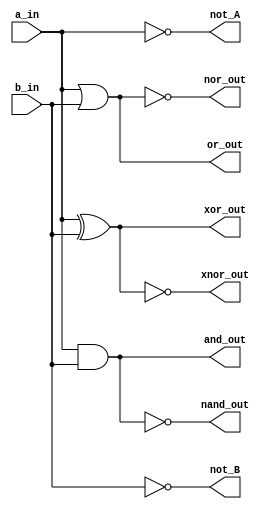
// Code your design here
module Basic_Gates(input a_in,b_in,output not_A,not_B,and_out,or_out,nor_out,nand_out,xor_out,xnor_out);
  
  not g1(not_A,a_in);
  not g2(not_B,b_in);
  and g3(and_out,a_in,b_in);
  or  g4(or_out,a_in,b_in);
  nor g5(nor_out,a_in,b_in);
  nand g6(nand_out,a_in,b_in);
  xor  g7(xor_out,a_in,b_in);
  xnor g8(xnor_out,a_in,b_in);
  
endmodule